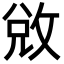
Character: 敓